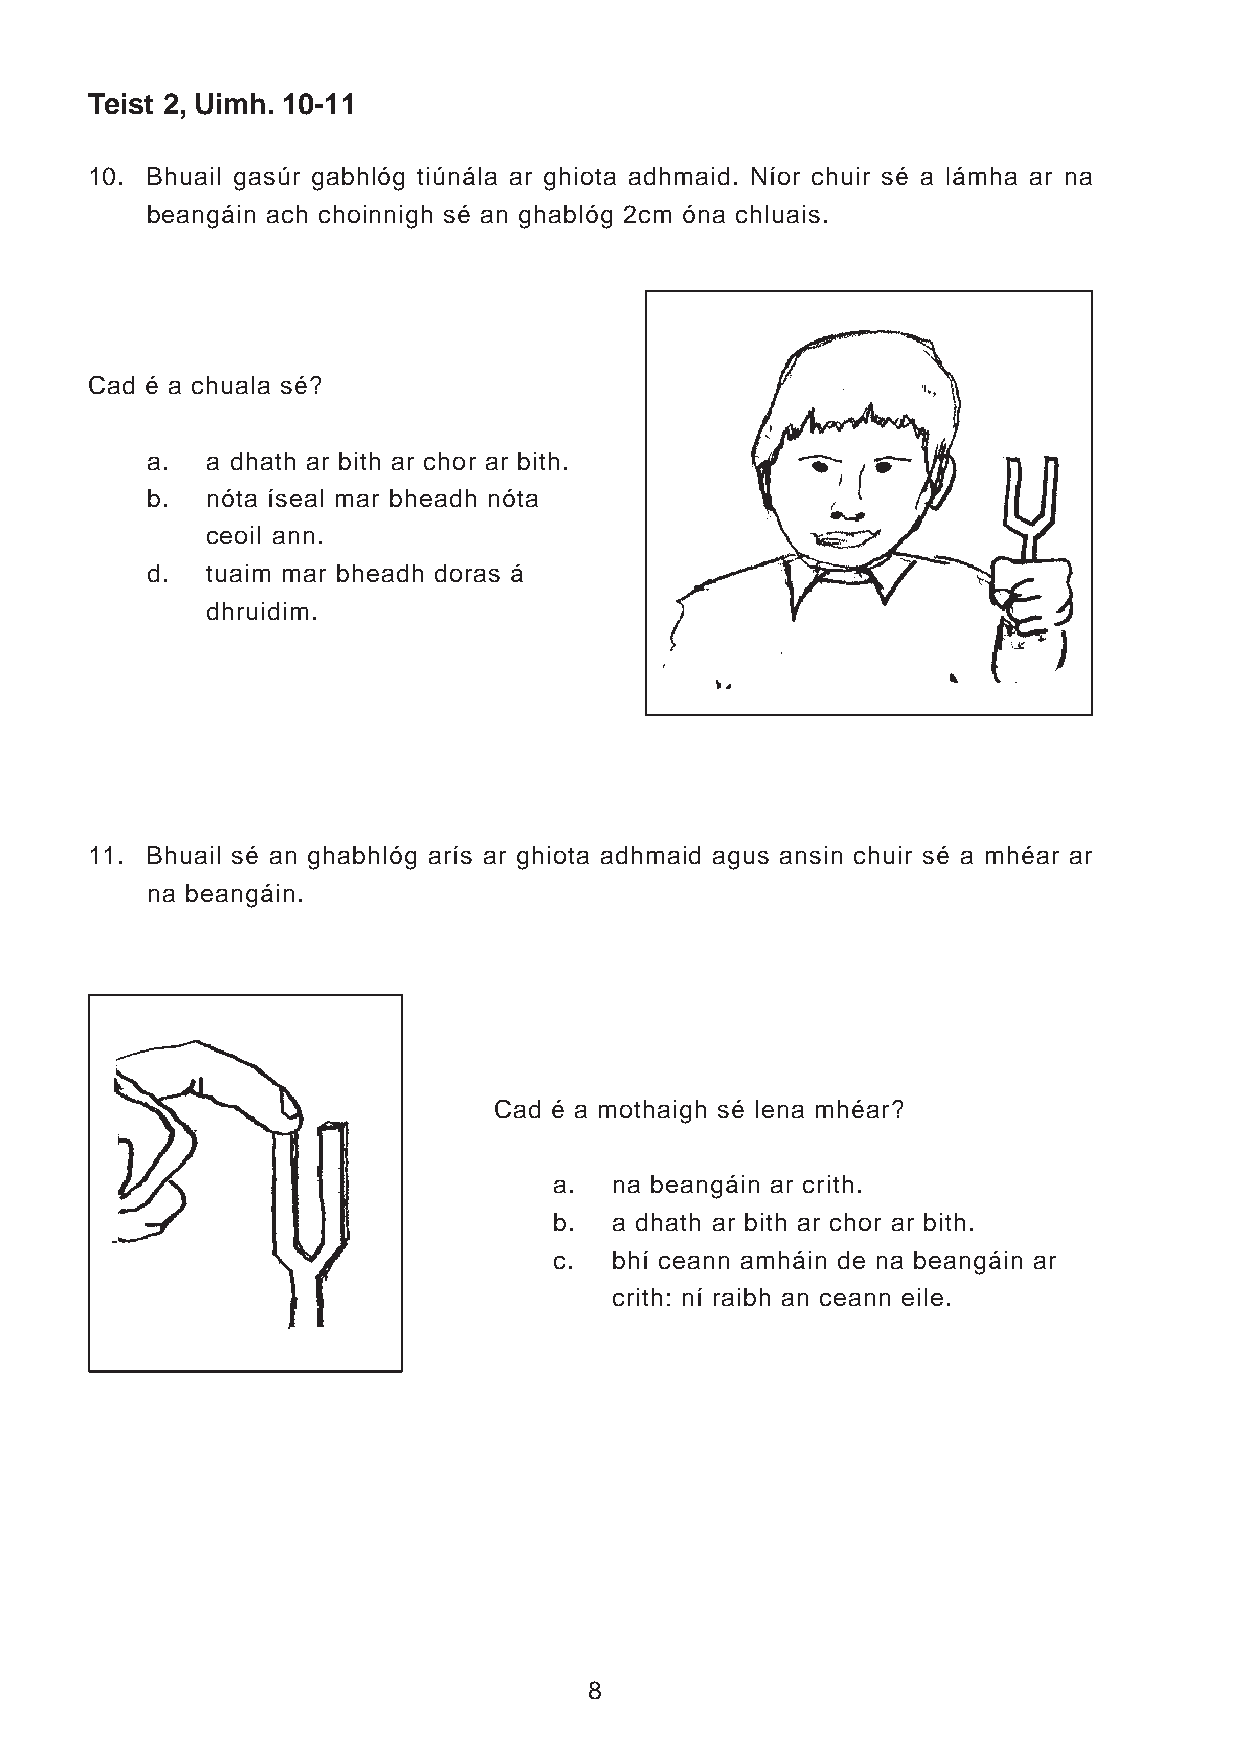
Teist 2, Uimh. 10-11
 10. Bhuail gasúr gabhlóg tiúnála ar ghiota adhmaid. Níor chuir sé a lámha ar na
 beangáin ach choinnigh sé an ghablóg 2cm óna chluais.
 Cad é a chuala sé?
 a.  a dhath ar bith ar chor ar bith.
 b.  nóta íseal mar bheadh nóta
 ceoil ann.
 d.  tuaim mar bheadh doras á
 dhruidim.
 11. Bhuail sé an ghabhlóg arís ar ghiota adhmaid agus ansin chuir sé a mhéar ar
 na beangáin.
 Cad é a mothaigh sé lena mhéar?
 a.  na beangáin ar crith.
 b.  a dhath ar bith ar chor ar bith.
 c.  bhí ceann amháin de na beangáin ar
 crith: ní raibh an ceann eile.
 8